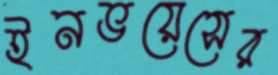
ইনভয়েসের